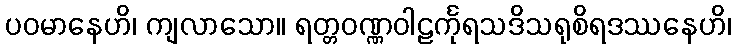
ပဝမာနေဟိ၊ ကျလာသော။ ရတ္တဝဏ္ဏဝါဠင်္ကုရသဒိသရုစိရဒဿနေဟိ၊